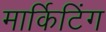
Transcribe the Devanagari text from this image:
मार्किटिंग